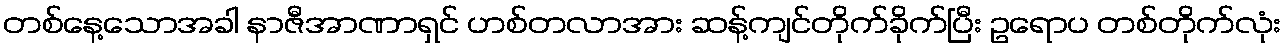
တစ်နေ့သောအခါ နာဇီအာဏာရှင် ဟစ်တလာအား ဆန့်ကျင်တိုက်ခိုက်ပြီး ဥရောပ တစ်တိုက်လုံး